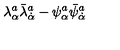
\lambda _ { \alpha } ^ { a } \bar { \lambda } _ { \dot { \alpha } } ^ { a } - \psi _ { \alpha } ^ { a } \bar { \psi } _ { \dot { \alpha } } ^ { a }